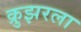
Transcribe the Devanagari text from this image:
क्रुझरला